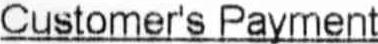
CUSTOMER'S PAYMENT